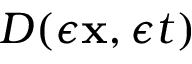
D ( \epsilon { \mathbf { x } } , \epsilon t )